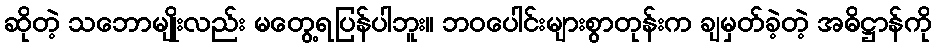
ဆိုတဲ့ သဘောမျိုးလည်း မတွေ့ရပြန်ပါဘူး။ ဘဝပေါင်းများစွာတုန်းက ချမှတ်ခဲ့တဲ့ အဓိဋ္ဌာန်ကို